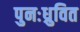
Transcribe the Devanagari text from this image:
पुनःध्रुवित